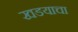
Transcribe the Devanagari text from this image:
खडयाचा